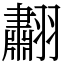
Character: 䎘